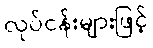
လုပ်ငန်းများဖြင့်